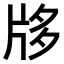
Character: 𤖻